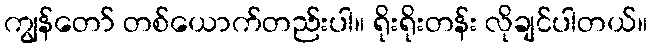
ကျွန်တော် တစ်ယောက်တည်းပါ။ ရိုးရိုးတန်း လိုချင်ပါတယ်။